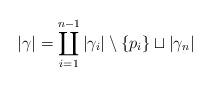
LaTeX: \begin{align*}|\gamma| = \coprod_{i=1}^{n-1} |\gamma_i|\setminus\{p_i\} \sqcup |\gamma_n|\end{align*}